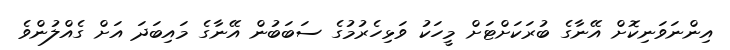
އިންނަވަނިކޮށް އޭނާގެ ބުރަކަށްޓަށް މީހަކު ވަޅިހެރުމުގެ ސަބަބުން އޭނާގެ މައިބަދަ އަށް ގެއްލުންވެ